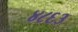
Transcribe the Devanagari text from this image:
४८६३